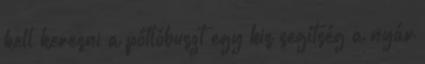
kell keresni a pótlóbuszt egy kis segítség a nyár